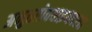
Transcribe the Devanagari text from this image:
अनुत्तरोववाइयदसा